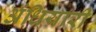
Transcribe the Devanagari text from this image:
अंधियारी